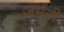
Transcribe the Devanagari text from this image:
जर्मनी़